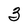
Character: 3